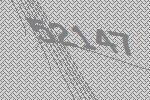
52147